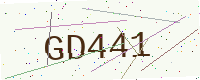
Text: GD441